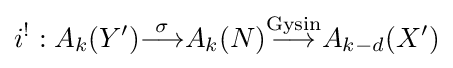
i^{!}:A_{k}(Y'){\overset {\sigma }{\longrightarrow }}A_{k}(N){\overset {\text{Gysin}}{\longrightarrow }}A_{k-d}(X')